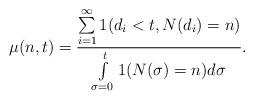
LaTeX: \begin{align*}\mu(n, t)=\frac{\sum\limits^\infty_{i=1}1 (d_i < t, N(d_i)=n)}{\int\limits^t_{\sigma=0}1 (N(\sigma)=n)d\sigma}.\end{align*}